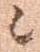
候